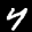
Label: 4